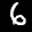
Label: 6